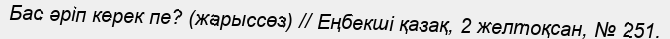
Бас әріп керек пе? (жарыссөз) // Еңбекші қазақ, 2 желтоқсан, № 251.